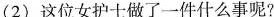
（2）这位女护士做了一件什么事呢?